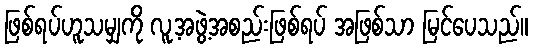
ဖြစ်ရပ်ဟူသမျှကို လူ့အဖွဲ့အစည်းဖြစ်ရပ် အဖြစ်သာ မြင်ပေသည်။